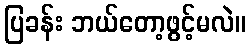
ပြခန်း ဘယ်တော့ဖွင့်မလဲ။